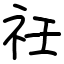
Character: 祍